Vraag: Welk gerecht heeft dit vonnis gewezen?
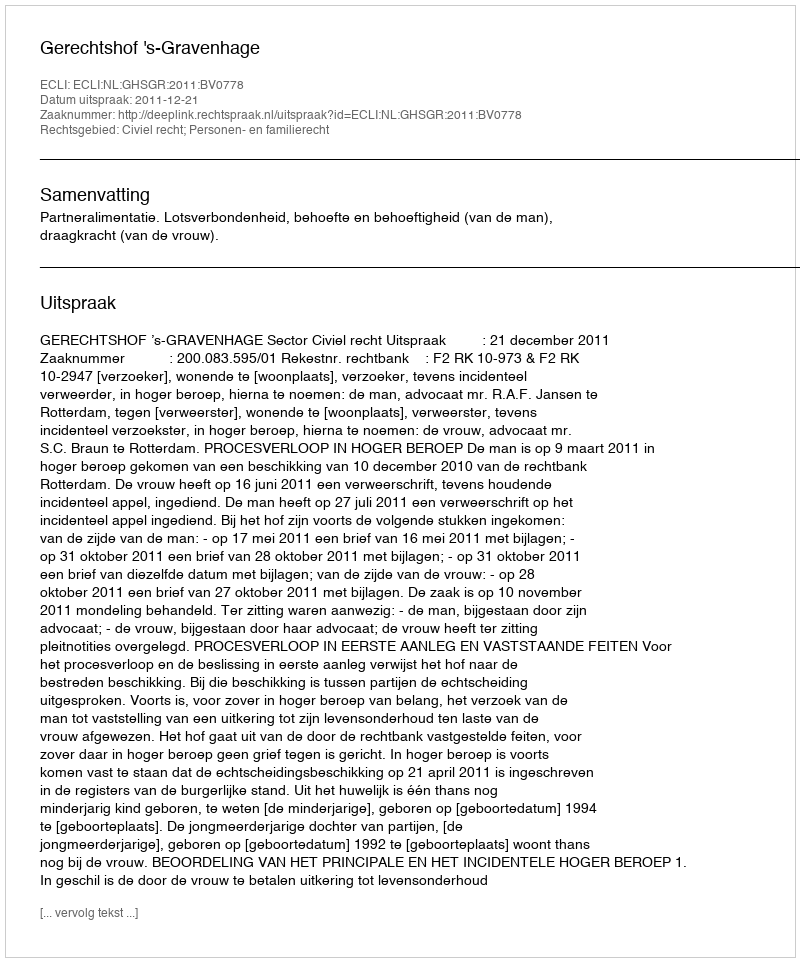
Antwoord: Gerechtshof 's-Gravenhage